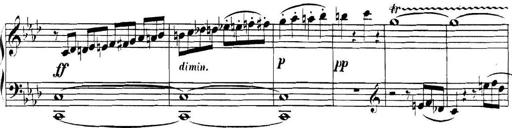
Title: Collected Piano Sonatas
Composer: Muzio Clementi